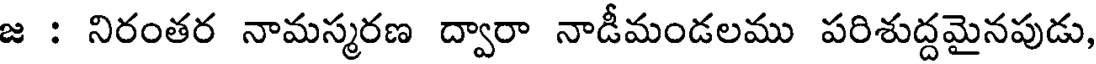
జ : నిరంతర నామస్మరణ ద్వారా నాడీమండలము పరిశుద్దమైనపుడు,